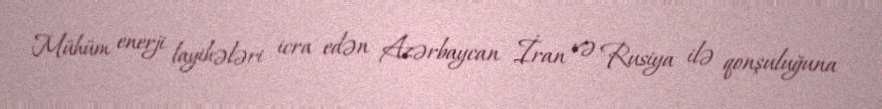
Mühüm enerji layihələri icra edən Azərbaycan İran və Rusiya ilə qonşuluğuna